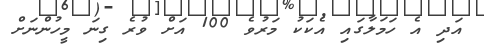
އަދި އެ ހަމަލާގައި އެކަކު މަރުވެ 100 އަށް ވުރެ ގިނަ މީހުންނަށް